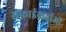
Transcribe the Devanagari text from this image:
सफ़ाईकर्ताओं